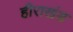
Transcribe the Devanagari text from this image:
हीराखंड